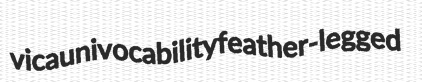
vica univocability feather-legged